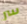
سر